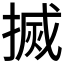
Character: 搣